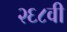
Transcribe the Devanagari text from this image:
२६८वी